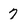
Character: 7